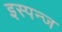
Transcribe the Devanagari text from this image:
इस्पन्ज